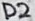
Text: D2